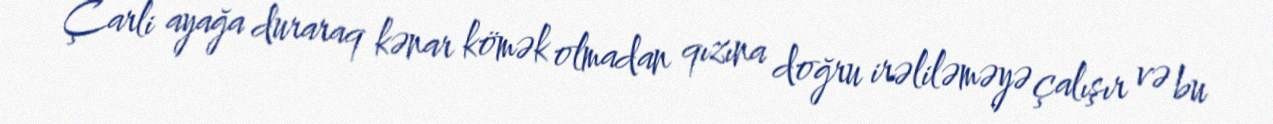
Çarli ayağa duraraq kənar kömək olmadan qızına doğru irəliləməyə çalışır və bu